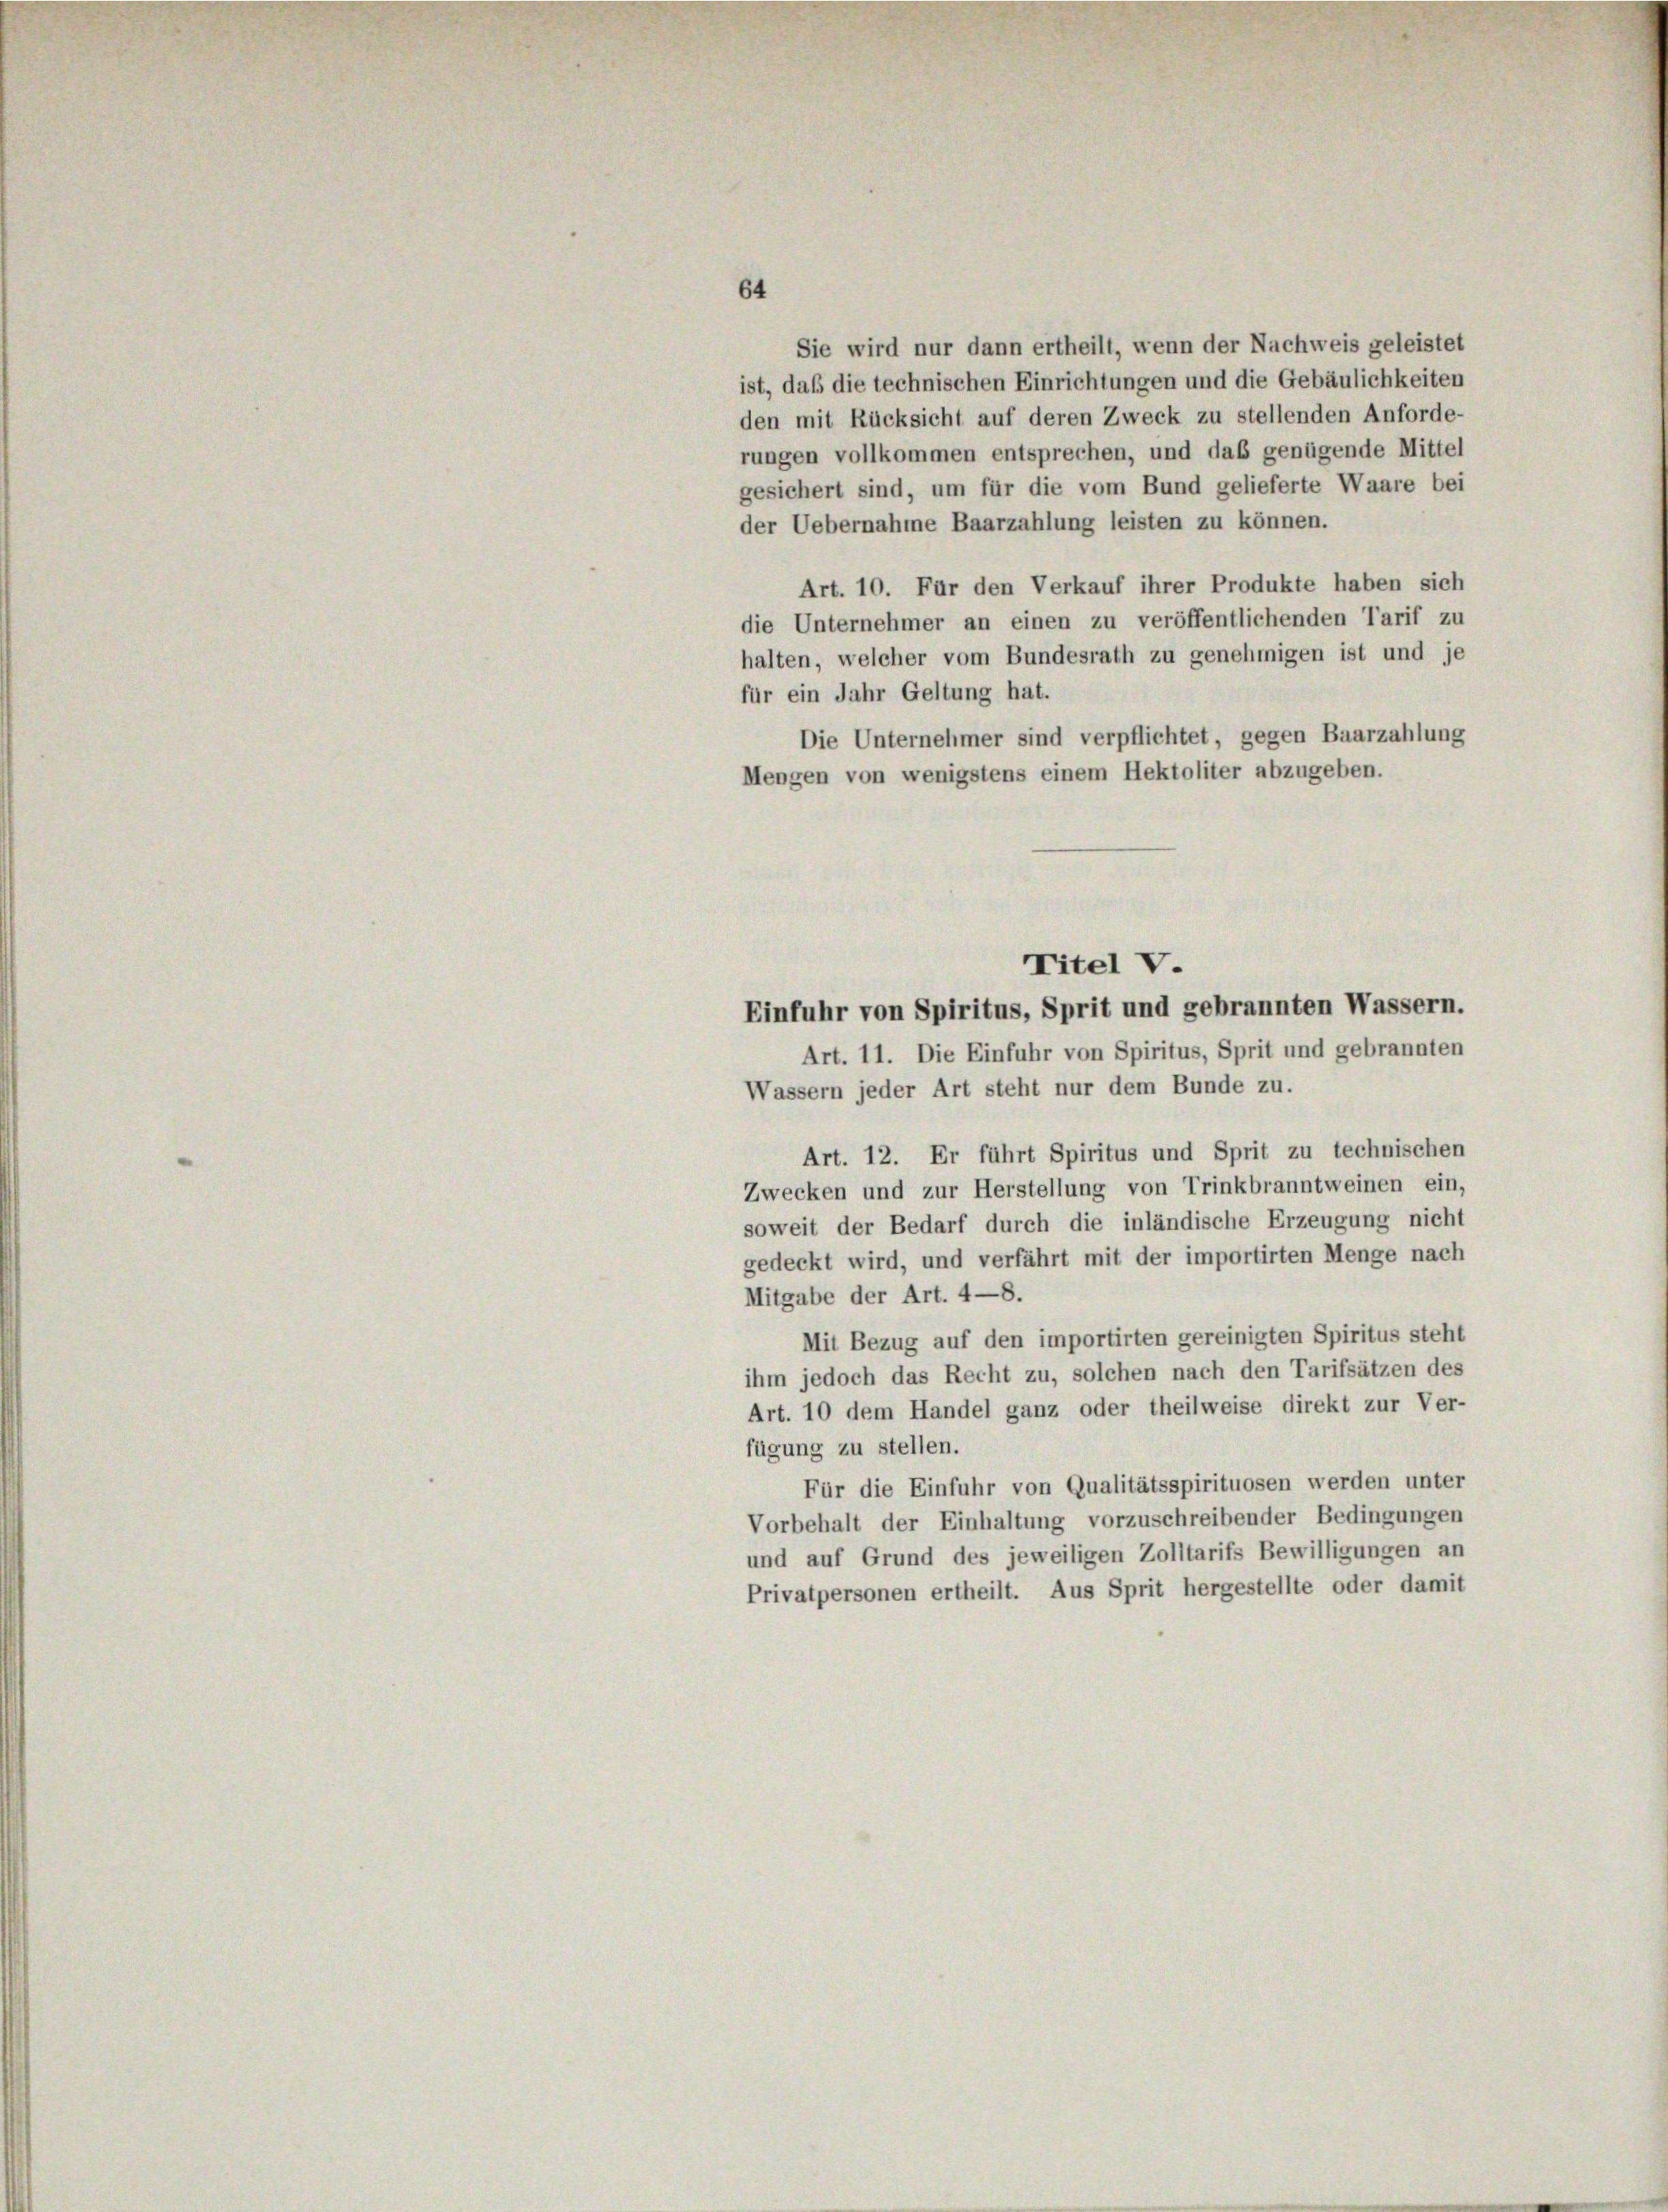
64
Sie wird nur dann ertheilt, wenn der Nachweis geleistet
ist, daß die technischen Einrichtungen und die Gebäulichkeiten
den mit Rücksicht auf deren Zweck zu stellenden Anforde-
rungen vollkommen entsprechen, und das genügende Mittel
gesichert sind, um für die vom Bund gelieferte Waare bei
der Uebernahme Baarzahlung leisten zu können.
Art. 10. Für den Verkauf ihrer Produkte haben sich
die Unternehmer an einen zu veröffentlichenden Tarif zu
halten, welcher vom Bundesrath zu genehmigen ist und je
für ein Jahr Geltung hat.
Die Unternehmer sind verpflichtet, gegen Baarzahlung
Mengen von wenigstens einem Hektoliter abzugeben.
Titel v.
Einfuhr von Spiritus, Sprit und gebrannten Wassern.
Art. 11. Die Einfuhr von Spiritus, Sprit und gebrannten
Wassern jeder Art steht nur dem Bunde zu.
Art. 12. Er führt Spiritus und Sprit zu technischen
Zwecken und zur Herstellung von Trinkbranntweinen ein,
soweit der Bedarf durch die inländische Erzeugung nicht
gedeckt wird, und verfährt mit der importirten Menge nach
Mitgabe der Art. 4—8.
Mit Bezug auf den importirten gereinigten Spiritus steht
ihm jedoch das Recht zu, solchen nach den Tarifsätzen des
Art. 10 dem Handel ganz oder theilweise direkt zur Ver-
fügung zu stellen.
Für die Einfuhr von Qualitätsspirituosen werden unter
Vorbehalt der Einhaltung vorzuschreibender Bedingungen
und auf Grund des jeweiligen Zolltarifs Bewilligungen an
Privatpersonen ertheilt. Aus Sprit hergestellte oder damit